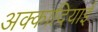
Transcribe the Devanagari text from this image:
अक्कादियाई